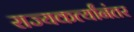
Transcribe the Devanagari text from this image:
राज्यकर्त्यांनंतर